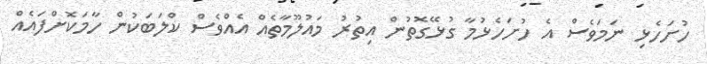
ހުށަހެޅި ނަމަވެސް އެ ހުށަހެޅުމާ ގުޅޭގޮތުން އިތުރު މައުލޫމާތެއް އެއްވެސް ކްލަބަކުން ހާމަކޮށްފައެއް